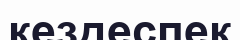
кездеспек